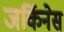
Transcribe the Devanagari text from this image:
जर्किनेस